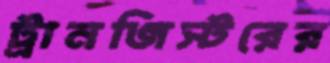
ট্রানজিস্টরের